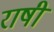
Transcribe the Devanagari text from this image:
राषी